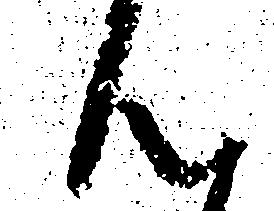
ん